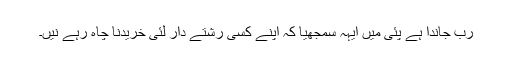
رب جاندا ہے پئی میں ایہہ سمجھیا کہ اپنے کسی رشتے دار لئی خریدنا چاہ رہے نیں۔